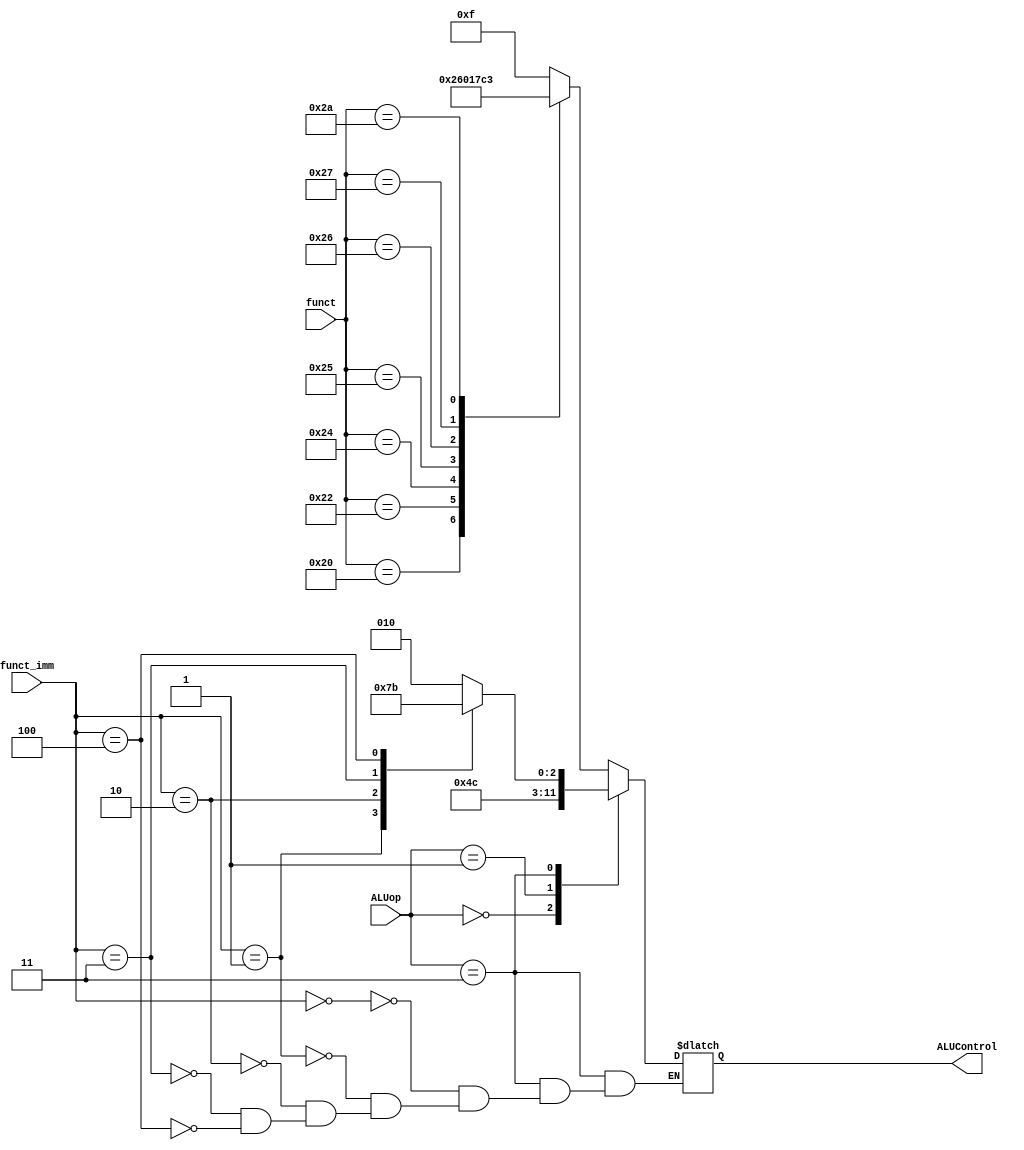
`timescale 1ns / 1ps
//////////////////////////////////////////////////////////////////////////////////
// Company: 
// Engineer: 
// 
// Design Name: 
// Module Name:    ALUControl 
// Project Name: 
// Target Devices: 
// Tool versions: 
// Description: 
//
// Dependencies: 
//
// Revision: 
// Revision 0.01 - File Created
// Additional Comments: 
//
//////////////////////////////////////////////////////////////////////////////////
module ALUcontrol(
	input [1:0] ALUop,
	input [5:0] funct,
	input [2:0] funct_imm,
	output reg [3:0] ALUControl
    );
always@(*)
begin
	case(ALUop)
	   2'b10:
	       begin
		   case(funct)
		   6'b100000: ALUControl = 4'b0010;//add
		   6'b100010: ALUControl = 4'b0110;//sub
		   6'b100100: ALUControl = 4'b0000;//and
		   6'b100101: ALUControl = 4'b0001;//or
		   6'b100110: ALUControl = 4'b0111;//xor
		   6'b100111: ALUControl = 4'b1100;//nor
		   6'b101010: ALUControl = 4'b0011;//slt
		   default: ALUControl = 4'b1111;
		   endcase
		   end
		
		2'b00:    
		      ALUControl = 4'b0010;//lw,sw
		2'b01: 
		      ALUControl = 4'b0110;//beq,bne
	    2'b11:
	          case(funct_imm)
	          3'b000:ALUControl = 4'b0010;
	          3'b001:ALUControl = 4'b0000;
	          3'b010:ALUControl = 4'b0001;
	          3'b011:ALUControl = 4'b0111;
	          3'b100:ALUControl = 4'b0011;
	          
	          endcase
	          
		default: 
		      ALUControl = 4'b1111;
	endcase
end
endmodule